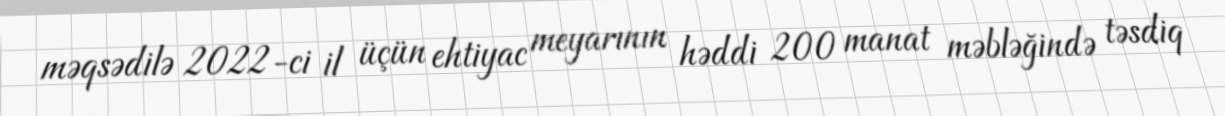
məqsədilə 2022-ci il üçün ehtiyac meyarının həddi 200 manat məbləğində təsdiq